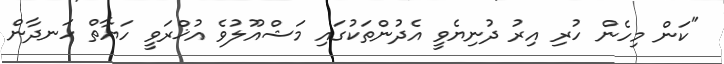
"ކަން މިހެން ހުރި އިރު ދުނިޔެވީ އެދުންތަކުގައި މަޝްއޫލުވެ އުޚްރަވީ ހަޔާތް ހަނދާން